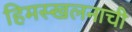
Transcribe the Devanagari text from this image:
हिमस्खलनाची